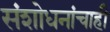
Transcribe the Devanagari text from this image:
संशोधनांचाही